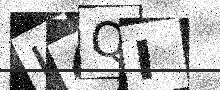
Text: U4QI